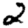
Digit: 2